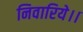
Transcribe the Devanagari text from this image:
निवारिये।।